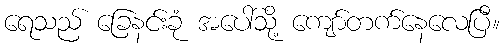
ရေသည် ခြေနင်းခုံ အပေါ်သို့ ကျော်တက်နေလေပြီ။